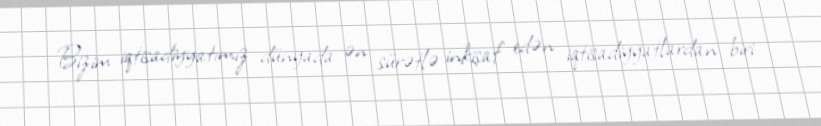
Bizim iqtisadiyyatımız dünyada ən sürətlə inkişaf edən iqtisadiyyatlardan biri